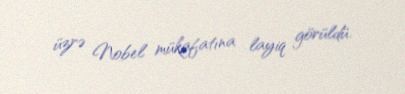
üzrə Nobel mükafatına layiq görüldü.